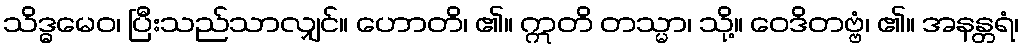
သိဒ္ဓမေဝ၊ ပြီးသည်သာလျှင်။ ဟောတိ၊ ၏။ ဣတိ တသ္မာ၊ သို့။ ဝေဒိတဗ္ဗံ၊ ၏။ အနန္တရံ၊